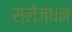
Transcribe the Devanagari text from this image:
स्लेज्धन